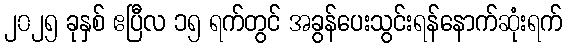
၂၀၂၅ ခုနှစ် ဧပြီလ ၁၅ ရက်တွင် အခွန်ပေးသွင်းရန်နောက်ဆုံးရက်